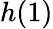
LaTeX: h(1)